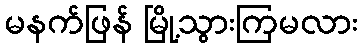
မနက်ဖြန် မြို့သွားကြမလား